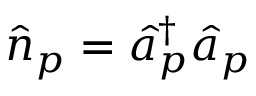
\hat { n } _ { p } = \hat { a } _ { p } ^ { \dagger } \hat { a } _ { p }